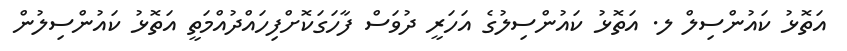
އަތޮޅު ކައުންސިލް ލ. އަތޮޅު ކައުންސިލުގެ އަހަރީ ދުވަސް ފާހަގަކޮށްފިހައްދުއްމަތީ އަތޮޅު ކައުންސިލުން